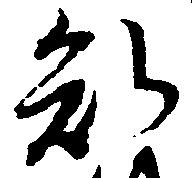
知